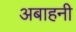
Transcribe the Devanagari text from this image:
अबाहनी